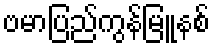
ဗမာပြည်ကွန်မြူနစ်